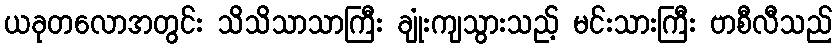
ယခုတလောအတွင်း သိသိသာသာကြီး ချုံးကျသွားသည့် မင်းသားကြီး ဗာစီလီသည်